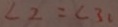
\angle 2 = \angle 3